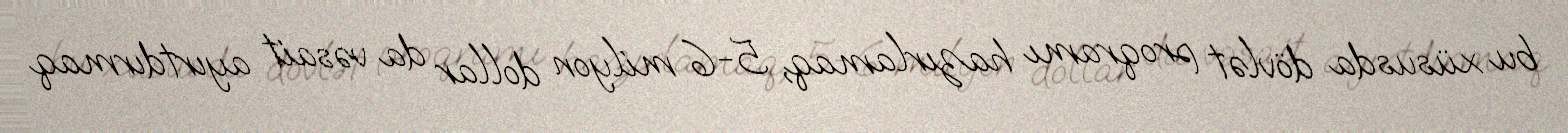
bu xüsusda dövlət proqramı hazırlamaq, 5-6 milyon dollar da vəsait ayırtdırmaq